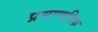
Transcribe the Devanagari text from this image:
प्रमाणविक